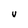
Character: U